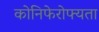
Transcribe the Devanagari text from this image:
कोनिफेरोफ्यता